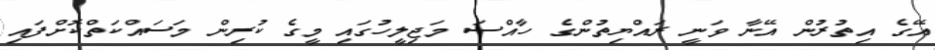
އޭގެ އިތުރުން އޭނާ ވަނީ ރައްޔިތުންގެ ހާއްސަ މަޖިލީހުގައި މީގެ ކުރިން މަސައްކަތްކޮށްފައި